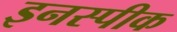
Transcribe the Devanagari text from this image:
इनस्पीक